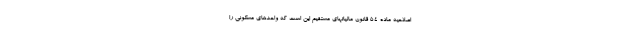
اصلاحیه ماده ۵۴ قانون مالیاتهای مستقیم این است که واحدهای مسکونی را